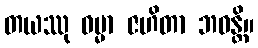
တယဿု ဓမ္မာ ဇဟိတာ ဘဝန္တိ။